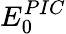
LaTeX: E_{0}^{PIC}